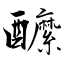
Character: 醿